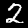
Digit: 2